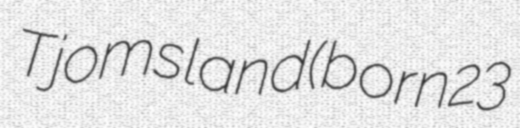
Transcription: Tjomsland (born 23